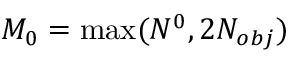
M _ { 0 } = \operatorname* { m a x } ( N ^ { 0 } , 2 N _ { o b j } )